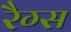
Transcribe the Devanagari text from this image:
रैग्स